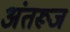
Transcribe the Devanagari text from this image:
अंतरूज